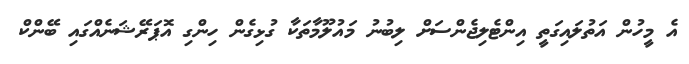
އެ މީހުން އަތުލައިގަތީ އިންޓެލިޖެންސަށް ލިބުނު މައުލޫމާތަކާ ގުޅިގެން ހިންގި އޮޕަރޭޝަނެއްގައި ބޭންކް